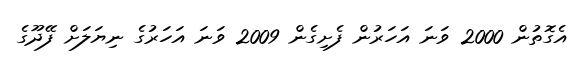
އެގޮތުން 2000 ވަނަ އަހަރުން ފެށިގެން 2009 ވަނަ އަހަރުގެ ނިޔަލަށް ފޭދޫގެ